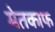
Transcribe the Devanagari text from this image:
मेतकाफ